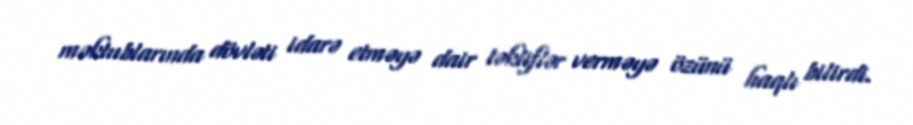
məktublarında dövləti idarə etməyə dair təkliflər verməyə özünü haqlı bilirdi.